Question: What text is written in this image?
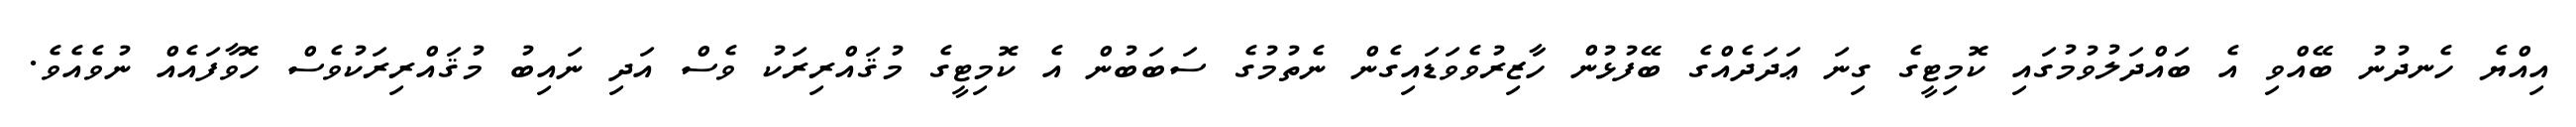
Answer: އިއްޔެ ހެނދުނު ބޭއްވި އެ ބައްދަލުވުމުގައި ކޮމިޓީގެ ގިނަ ޢަދަދެއްގެ ބޭފުޅުން ހާޒިރުވެވަޑައިގެން ނެތުމުގެ ސަބަބުން އެ ކޮމިޓީގެ މުޤައްރިރަކު ވެސް އަދި ނައިބު މުޤައްރިރަކުވެސް ހޮވާފައެއް ނުވެއެވެ.